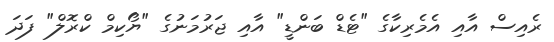
ރެއިސް އާއި އެމެރިކާގެ "ޓެޑް ބަންޑީ" އާއި ޖަރުމަނުގެ "ޔޯކިމް ކްރޮލް" ފަދަ